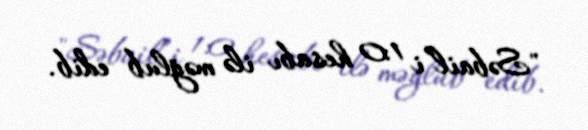
"Səbail”i 1:0 hesabı ilə məğlub edib.